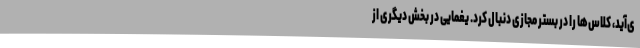
ی‌آید، کلاس‌ها را در بستر مجازی دنبال کرد. یغمایی در بخش دیگری از